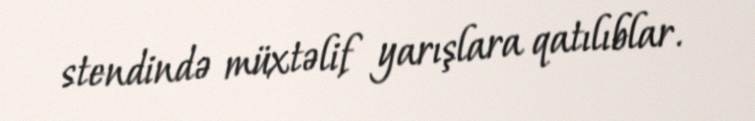
stendində müxtəlif yarışlara qatılıblar.